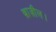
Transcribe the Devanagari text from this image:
ब्राज़ील।